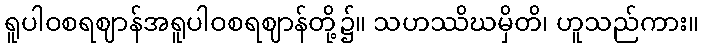
ရူပါဝစရဈာန်အရူပါဝစရဈာန်တို့၌။ သဟဿိဃမှိတိ၊ ဟူသည်ကား။